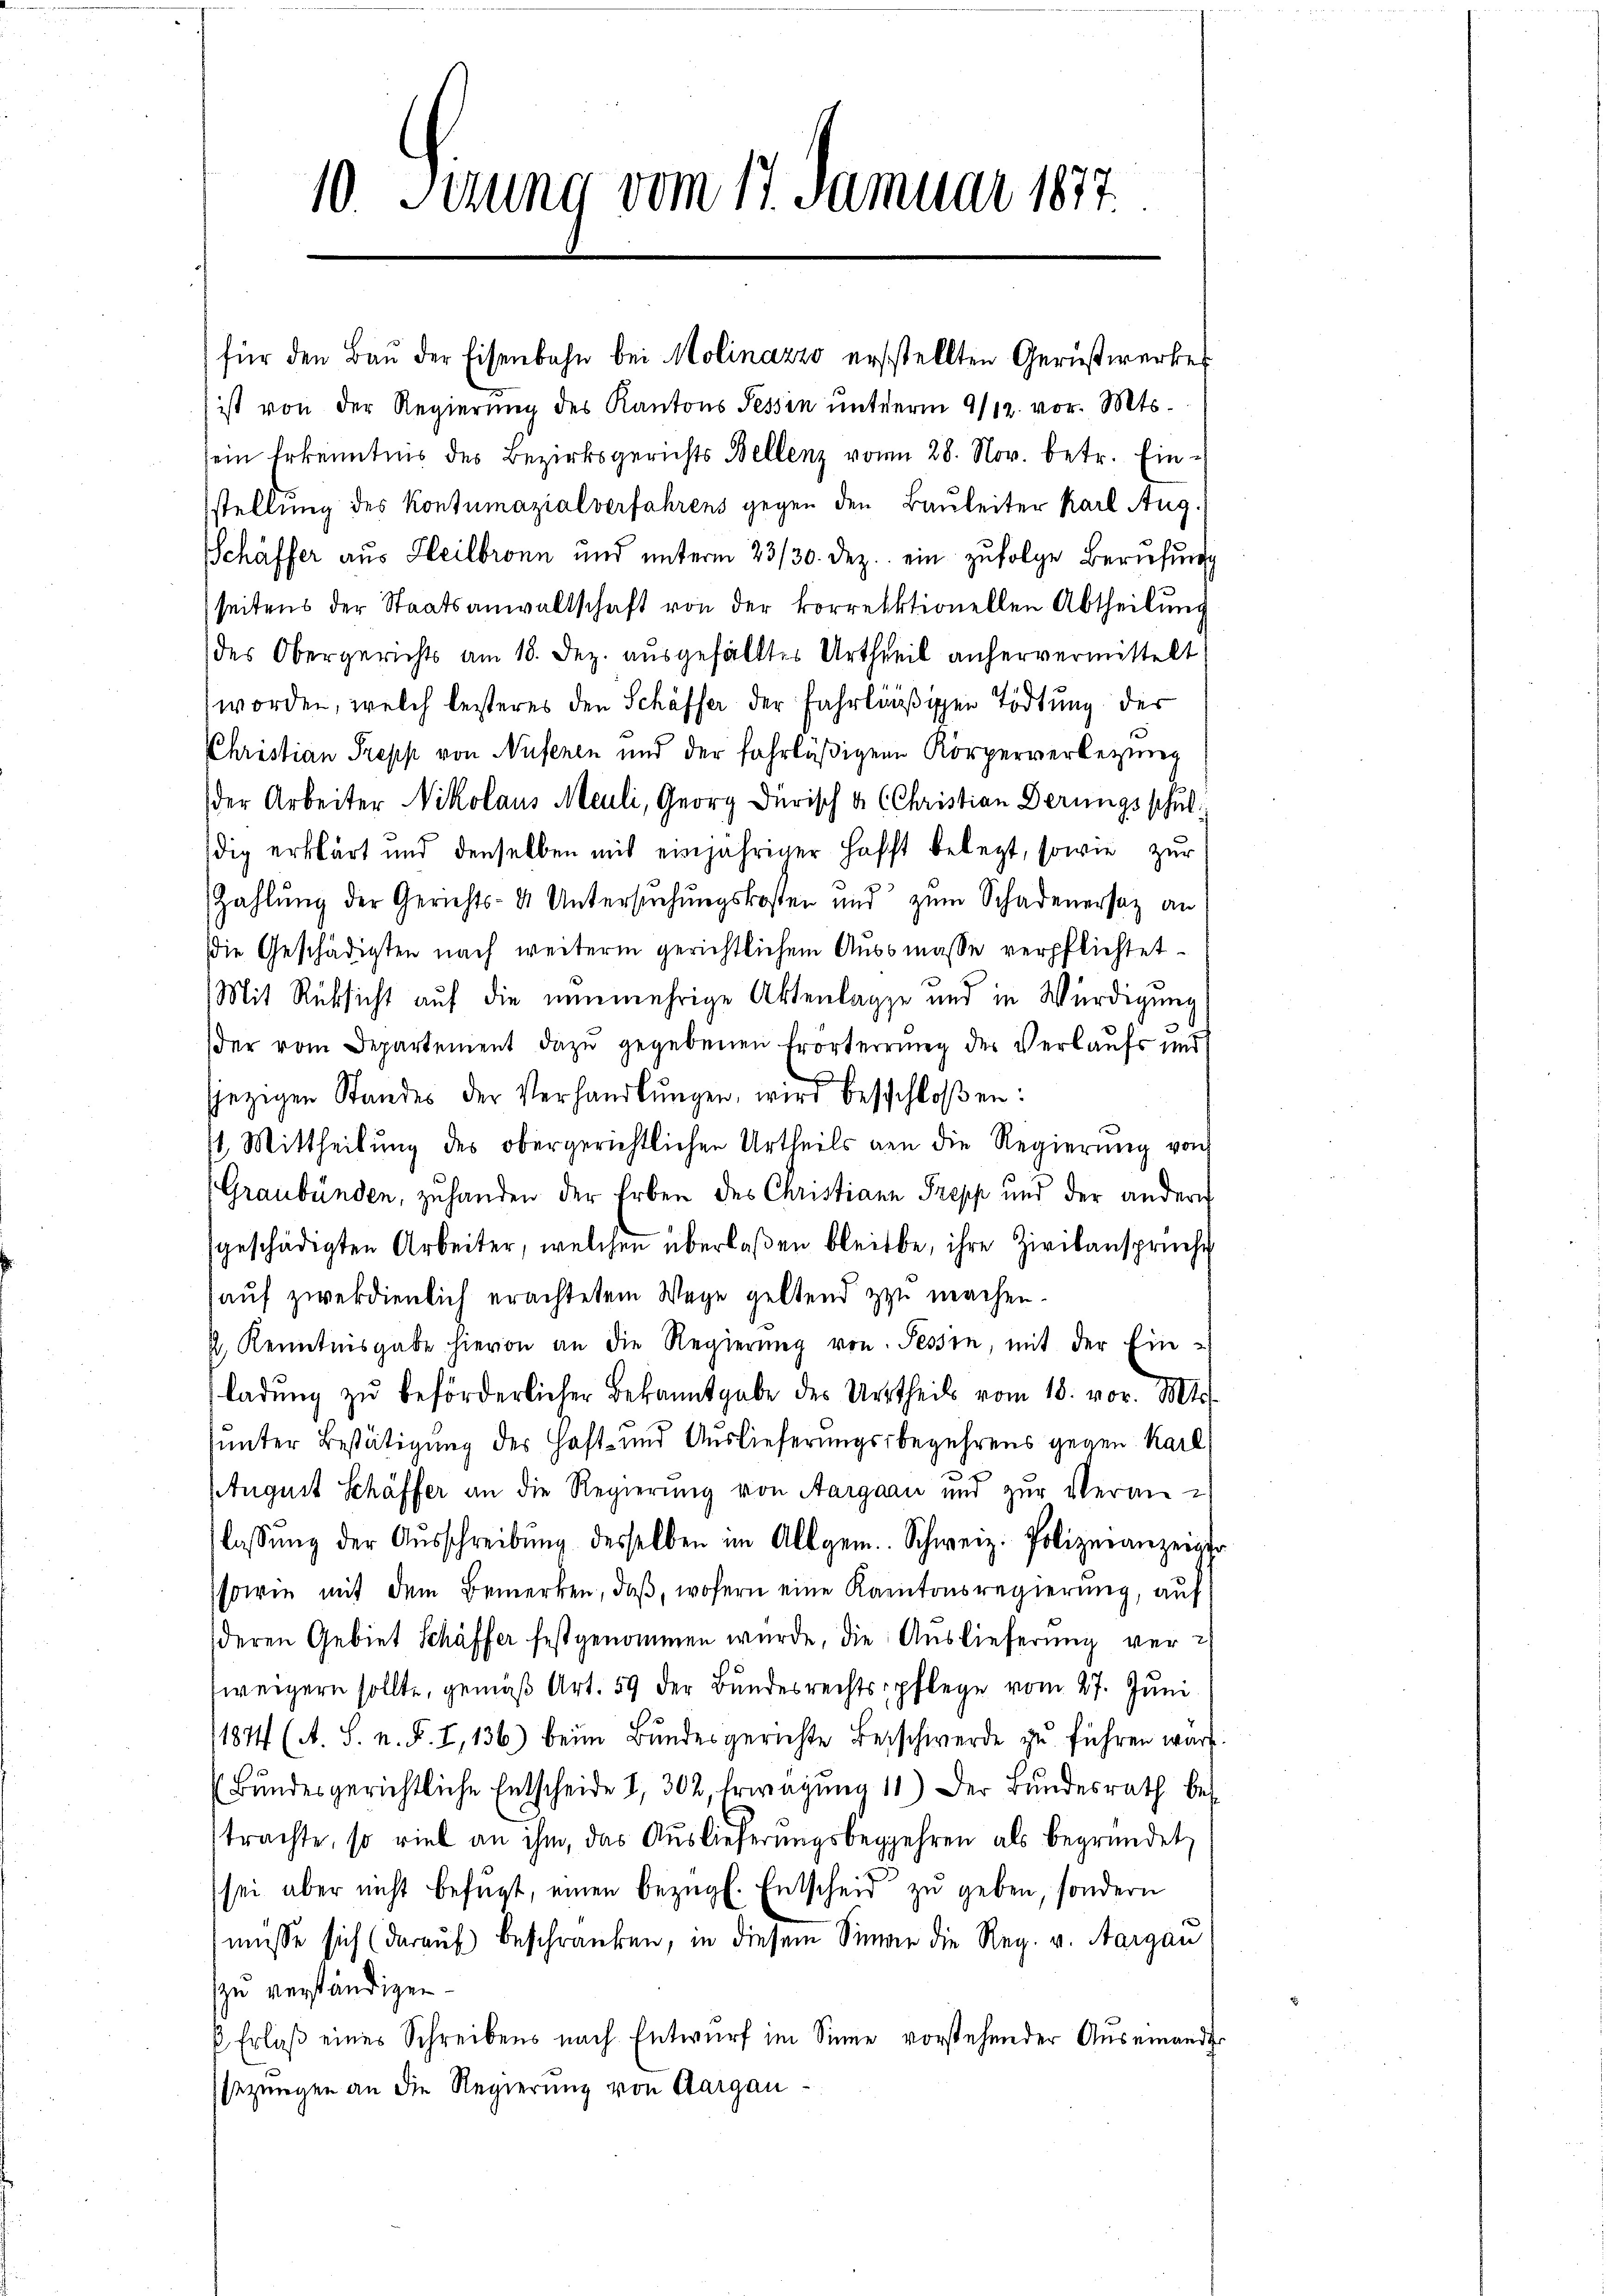
10 Sizung vom 17. Januar 1877

ist von der Regierŭng des Kantons Tessin ŭnterm 9/12. vor. Mts.
sein Erkenntnis des Bezirksgerichts Bellenz von 28. Nov. betr. Einstellung des Kontumazialverfahrens gegen den Bauleiter Karl Aug.
SSchäffer aus Heilbronn und unterm 23/30. Dez. ein zufolge Berufung
seitens der Staatsanwaltschaft von der korrektionellen Abtheilung
des Obergerichts am 18. Dez. ausgefälltes Urtheil anhervermittelt:
worden, welch leiteres den Schäffer der Fahrläßigen Tödtung der
Christian Trepp von Nufenen und der fahrläßigen Körperverbezug
der Arbeiter Nikolaus Meuli, Georg Dürisch a (Christian Berungsschuldig erklärt und denselben mit einjähriger Hafft belegt, sowie zur
Zahlŭng der Gerichts- & Untersŭchŭngskosten und zŭm Schadenersatz an
Die Geschädigten nach weiterm gerichtlichem Aussmasse verpflichtet
Mit Rücksicht auf die nunmehrige Aktenlage und in Würdigung
der vom Departement dazu gegebenen Erörterrung der Verkaufs und
sjezigen Standes der Verhandlŭngen, wird beschloßen:
st. Mittheilŭng des obergerichtlichen Urtheils den die Regierŭng von
Graubünden, zuhanden der Erben des Christiann Trepp und der andern
sgeschädigten Arbeiter, welchen überlaßen bleibe, ihre Zivilansprüche
auf zwekdienlich erachtetem Wege geltend zu machen.
½. Kenntnisgabe hievon an die Regierŭng von Tessin, mit der Einladŭng zŭ beförderlicher Bekanntgabe des Urtheils vom 18. vor. Mts.
unter Bestätigung der Haft- und Auslieferungsbegehrens gegen Karl
August Schäffer an die Regierung von Aargaan und zur Veranlassŭng der Aŭsschreibŭng desselben im Allgem. Schweiz. Polizeianzeigt
sowie mit dem Bemerken, daß, wofern eine Kantonsregierung, auf
deren Gebiet Schäffer festgenommen würde, die Auslieferung verweigern sollte, gemäß Art. 59 der Bundesrechtspflege vom 27. Juni
11874 (A. S. n. F. I,136) beim Bundesgerichte Beschwerde zu führen wart
(Bundesgerichtliche Entscheide 1, 302, Erwägung 11) Der Bundesrath bes
trachte, so viel an ihm, das Auslieferungsbegehren als begründet
sei aber nicht befügt, einen bezügl. Entscheid zu geben, sondern
müsse sich (darauf beschränken, in diesem Sinner die Reg. v. Aargau
zu verständigen.
ß. Erlaß eines Schreibens nach Entwurf im Sinne vorstehender Auseinande
sezungen an die Regierung von Aargau

für den Baŭ der Eisenbahn bei Molinazzo ersstellten Gerichtwerkes